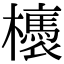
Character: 𣟊